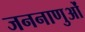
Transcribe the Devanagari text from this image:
जननाणुओं